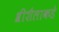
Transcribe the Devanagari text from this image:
श्रीशैलाकडे